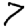
Digit: 7